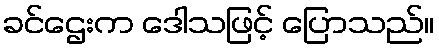
ခင်ဌေးက ဒေါသဖြင့် ပြောသည်။